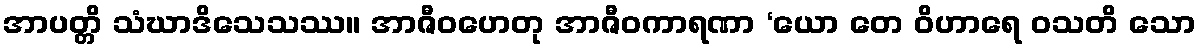
အာပတ္တိ သံဃာဒိသေသဿ။ အာဇီဝဟေတု အာဇီဝကာရဏာ ‘ယော တေ ဝိဟာရေ ဝသတိ သော